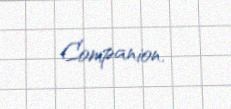
Companion.